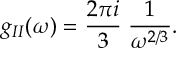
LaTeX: g _ { I I } ( \omega ) = { \frac { 2 \pi i } { 3 } } \; { \frac { 1 } { \omega ^ { 2 / 3 } } } .